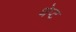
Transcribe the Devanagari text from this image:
थेप्ट